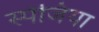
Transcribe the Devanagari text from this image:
स्पेजिया